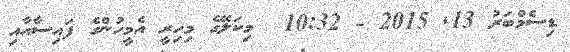
ޑިސެމްބަރު 13